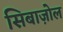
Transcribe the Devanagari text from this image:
सिबाज़ोल